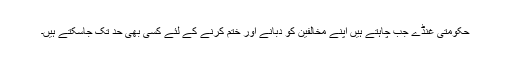
حکومتی غنڈے جب چاہتے ہیں اپنے مخالفین کو دبانے اور ختم کرنے کے لئے کسی بھی حد تک جاسکتے ہیں۔